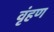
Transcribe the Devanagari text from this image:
वृंहण